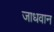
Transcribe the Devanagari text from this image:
जाधवान